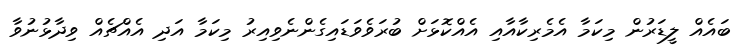
ބައެއް ލީޑަރުން މިކަމާ އެމެރިކާއާއި އެއްކޮޅަށް ބުރަވެވަޑައިގެންނެވިއިރު މިކަމާ އަދި އެއްޗެއް ވިދާޅުނުވާ